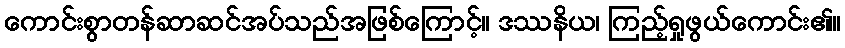
ကောင်းစွာတန်ဆာဆင်အပ်သည်အဖြစ်ကြောင့်။ ဒဿနိယ၊ ကြည့်ရှုဖွယ်ကောင်း၏။